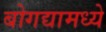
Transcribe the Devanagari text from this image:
बोगद्यामध्ये